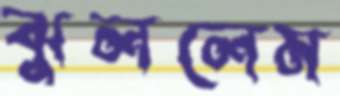
ঝুললেম